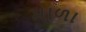
માળા